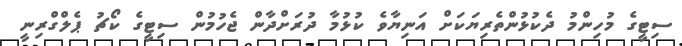
ސިޓީގެ މުހިންމު ދެކުޅުންތެރިޔަކަށް އަނިޔާވެ ކުޅުމާ ދުރަށްދާން ޖެހުމުން ސިޓީގެ ކޯޗު ޕެލްގްރިނީ